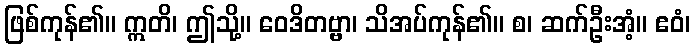
ဖြစ်ကုန်၏။ ဣတိ၊ ဤသို့။ ဝေဒိတဗ္ဗာ၊ သိအပ်ကုန်၏။ စ၊ ဆက်ဦးအံ့။ ဧဝံ၊